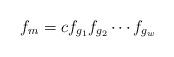
LaTeX: \begin{align*}f_{m}=c f_{g_1}f_{g_2}\cdots f_{g_w}\end{align*}